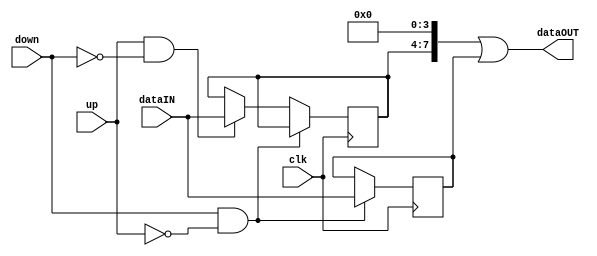
module Shifter (input wire clk, input wire [3:0] dataIN, output wire [7:0] dataOUT, input wire down, input wire up);

	reg [3:0] nibbleUP;
	reg [3:0] nibbleDown;
	reg [3:0] tmp;
	reg [3:0] tmpA;
	
	always tmp = dataIN;
	assign dataOUT = (nibbleUP << 4) | (nibbleDown);
	
	always @(posedge(clk)) begin
		if(down & !up) begin
			nibbleDown <= tmp;
			end
		
		else if(up & !down) begin
			nibbleUP <= tmp;
			end
		
	end
	
	

endmodule